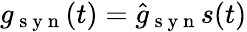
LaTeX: g_{\mathrm{~s~y~n~}}(t)=\hat{g}_{\mathrm{~s~y~n~}}s(t)